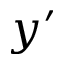
y ^ { \prime }